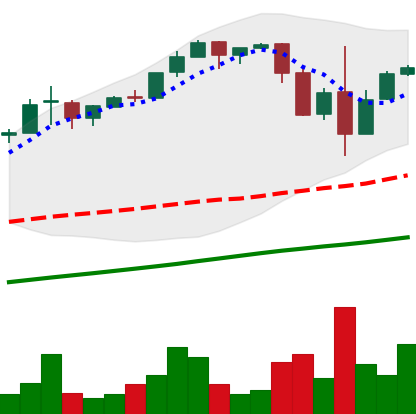
Ticker: BTC-USD
Chart end date: 2017-03-13
Forward return: -20.951%
Label: down_7plus